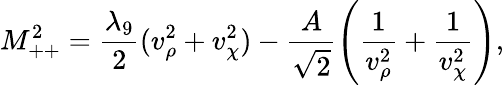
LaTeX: M_{++}^{2}=\frac{\lambda_{9}}{2}(v_{\rho}^{2}+v_{\chi}^{2})-\frac{A}{\sqrt 2}\left(\frac{1}{v_{\rho}^{2}}+\frac{1}{v_{\chi}^{2}}\right),